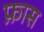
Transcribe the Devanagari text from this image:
फ़ास